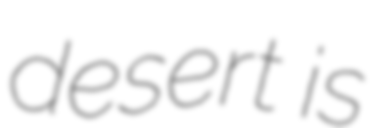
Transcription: desert is